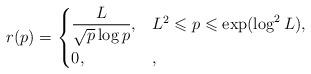
LaTeX: \begin{align*}r(p)=\begin{cases} \displaystyle\frac{L}{\sqrt{p}\log p}, &L^2\leqslant p\leqslant\exp(\log^2L),\\ 0,&, \end{cases}\end{align*}